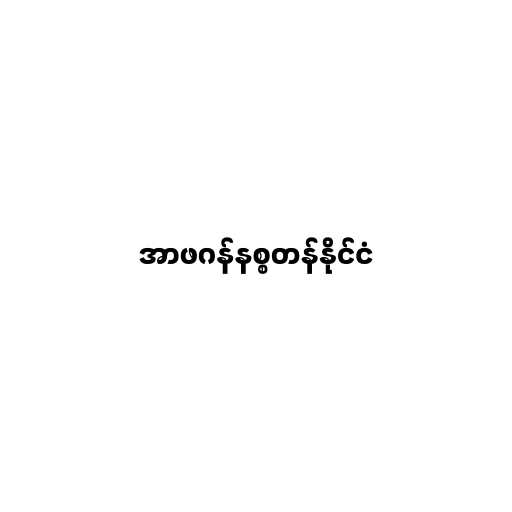
အာဖဂန်နစ္စတန်နိုင်ငံ